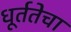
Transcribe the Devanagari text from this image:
धूर्ततेचा